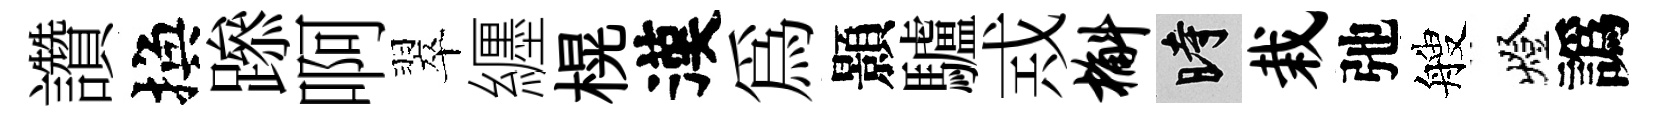
讚換𨅶啊翠纒榥漢為顥驢𢦶槲时栽弛艘燈譌